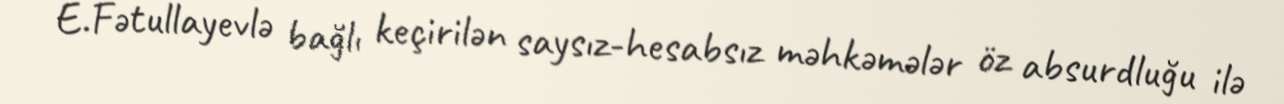
E.Fətullayevlə bağlı keçirilən saysız-hesabsız məhkəmələr öz absurdluğu ilə